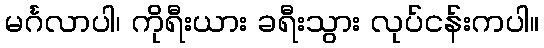
မင်္ဂလာပါ၊ ကိုရီးယား ခရီးသွား လုပ်ငန်းကပါ။